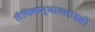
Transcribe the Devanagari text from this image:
लैकिकन्यायसाहस्री